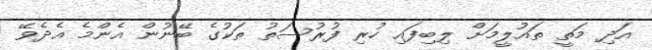
އަދި މަތީ ތައުލީމަށް ލިބިފައި ހުރި ފުރުސަތު ތަކުގެ ބޭނުން އެންމެ އެދެވޭ